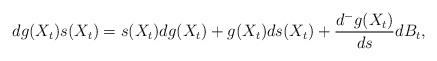
LaTeX: \begin{align*}dg(X_t)s(X_t)=s(X_t)dg(X_t)+g(X_t)ds(X_t)+ \frac{d^-g(X_t)}{ds}dB_t,\end{align*}